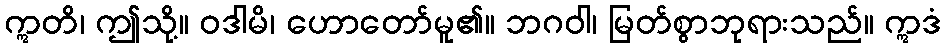
ဣတိ၊ ဤသို့။ ဝဒါမိ၊ ဟောတော်မူ၏။ ဘဂဝါ၊ မြတ်စွာဘုရားသည်။ ဣဒံ